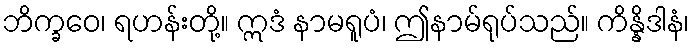
ဘိက္ခဝေ၊ ရဟန်းတို့။ ဣဒံ နာမရူပံ၊ ဤနာမ်ရုပ်သည်။ ကိန္နိဒါနံ၊